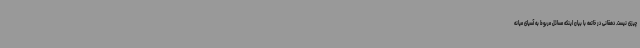
چیزی نیست. دهقانی در خاتمه با بیان اینکه مسائل مربوط به آسیای میانه